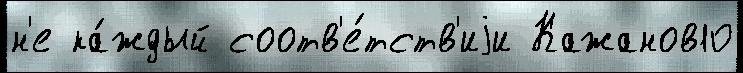
н'е ка́ждый соотв'е́тств'иjи Кажанов10